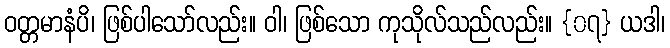
ဝတ္တမာနံပိ၊ ဖြစ်ပါသော်လည်း။ ဝါ၊ ဖြစ်သော ကုသိုလ်သည်လည်း။ {၀၇} ယဒါ၊